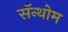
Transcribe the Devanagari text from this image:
सॅन्थोम